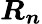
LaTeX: \boldsymbol{R_{n}}